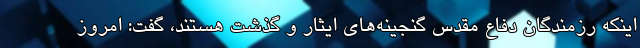
اینکه رزمندگان دفاع مقدس گنجینه‌های ایثار و گذشت هستند، گفت: امروز